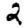
Digit: 2